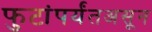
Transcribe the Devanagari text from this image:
फुटांपर्यंतअसून